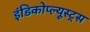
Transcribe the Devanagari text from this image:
इंडिकोप्ल्यूस्ट्स